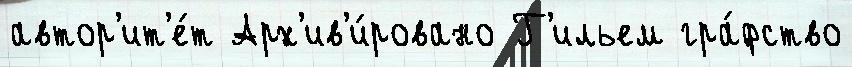
автор'ит'е́т Арх'ив'и́ровано Г'ильем гра́фство